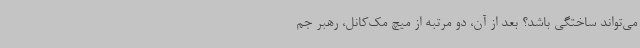
می‌تواند ساختگی باشد؟ بعد از آن، دو مرتبه از میچ مک‌کانل، رهبر جم